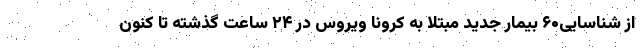
از شناسایی۶۰ بیمار جدید مبتلا به کرونا ویروس در ۲۴ ساعت گذشته تا کنون